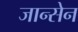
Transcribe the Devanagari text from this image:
जान्सेन